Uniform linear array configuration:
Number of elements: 24
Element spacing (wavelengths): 0.25
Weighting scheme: uniform
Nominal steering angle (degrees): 45
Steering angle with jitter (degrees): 44.929
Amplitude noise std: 0.05
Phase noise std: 0.05

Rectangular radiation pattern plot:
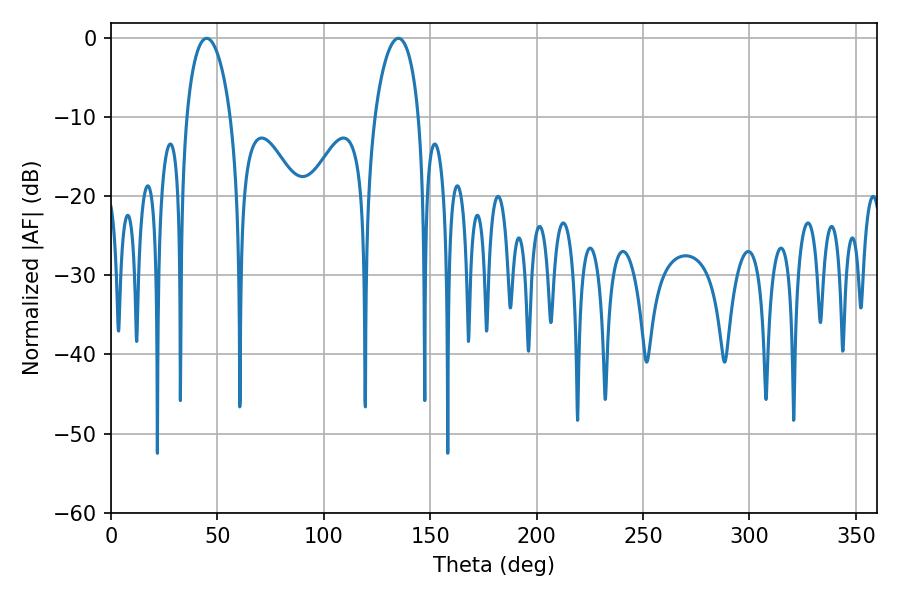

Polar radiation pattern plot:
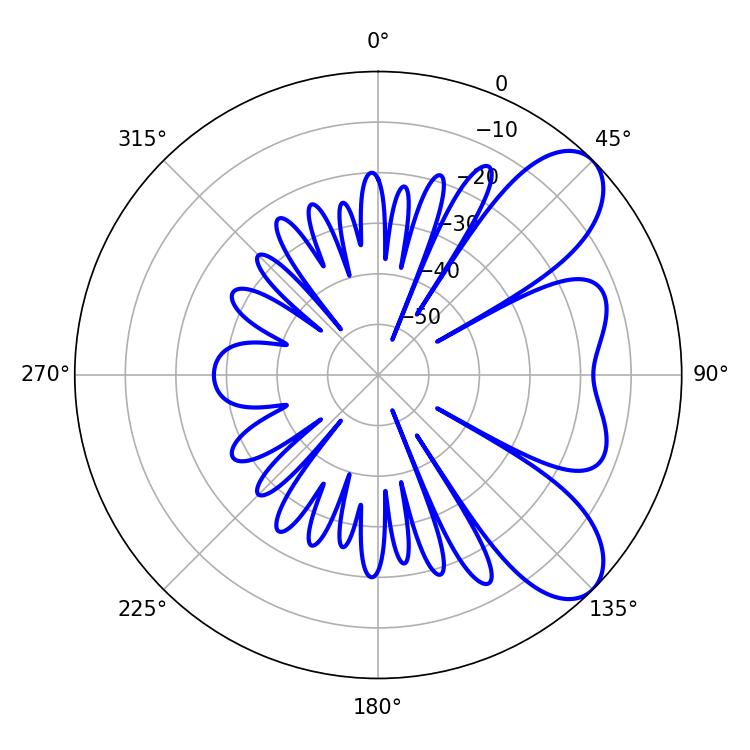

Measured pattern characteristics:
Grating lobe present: FALSE
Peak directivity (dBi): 7.705
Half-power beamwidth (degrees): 11.7
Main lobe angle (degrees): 45